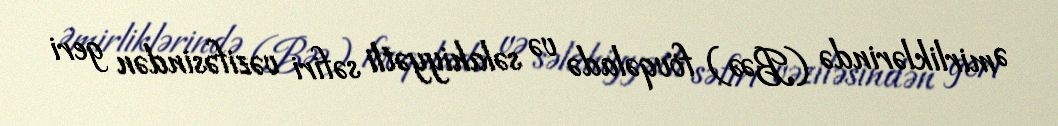
Əmirliklərində (BƏƏ) fövqəladə və səlahiyyətli səfiri vəzifəsindən geri